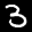
Label: 3